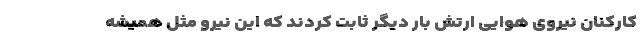
کارکنان نیروی هوایی ارتش بار دیگر ثابت کردند که این نیرو مثل همیشه